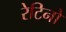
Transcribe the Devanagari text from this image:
रेटिनो